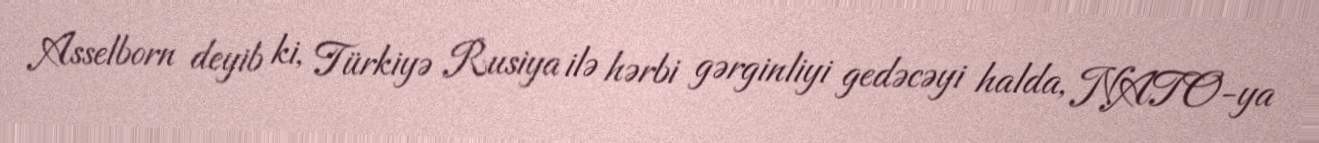
Asselborn deyib ki, Türkiyə Rusiya ilə hərbi gərginliyi gedəcəyi halda, NATO-ya